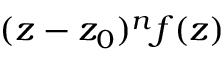
( z - z _ { 0 } ) ^ { n } f ( z )